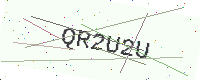
Text: QR2U2U